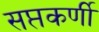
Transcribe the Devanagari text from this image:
सप्तकर्णी